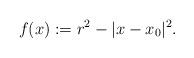
LaTeX: \begin{align*}f(x):=r^2-|x-x_0|^2.\end{align*}